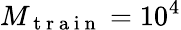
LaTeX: M_{\mathrm{~t~r~a~i~n~}}=10^{4}